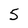
Character: 5